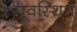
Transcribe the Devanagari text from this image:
पूवस्थित